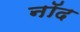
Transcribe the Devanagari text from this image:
नॉद